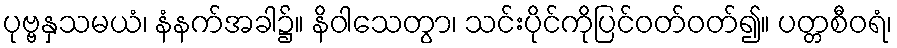
ပုဗ္ဗနှသမယံ၊ နံနက်အခါ၌။ နိဝါသေတွာ၊ သင်းပိုင်ကိုပြင်ဝတ်ဝတ်၍။ ပတ္တစီဝရံ၊